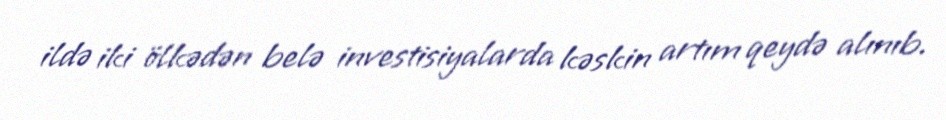
ildə iki ölkədən belə investisiyalarda kəskin artım qeydə alınıb.